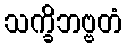
သက္ခိဘဗ္ဗတံ